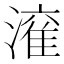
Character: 𱨻